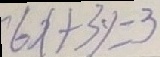
6 x + 3 y = 3